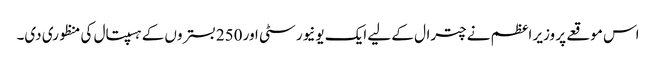
اس موقعے پر وزیر اعظم نے چترال کے لیے ایک یونیورسٹی اور 250 بستروں کے ہسپتال کی منظوری دی۔